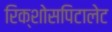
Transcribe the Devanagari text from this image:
रिक्शोसपिटालेट